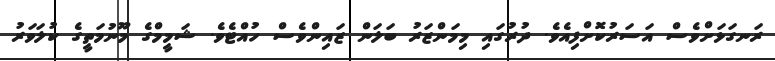
ރަނގަޅަށްވެސް އަސަރުކޮށްފިއެވެ. ދުރުގައި މިމަންޒަރު ބަލަން ޒައިންވެސް ހުއްޓެވެ. ޝަމީމްގެ މޫނުމަތީގެ ކުލަވަރު